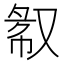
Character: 𫩁